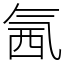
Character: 氥